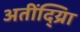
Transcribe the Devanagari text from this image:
अतींद्य्राि